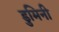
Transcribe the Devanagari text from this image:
डुमिनी